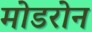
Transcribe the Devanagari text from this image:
मोडरोन